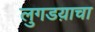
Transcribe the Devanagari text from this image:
लुगडय़ाचा